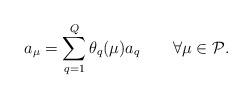
LaTeX: \begin{align*}a_\mu = \sum_{q=1}^{Q} \theta_q(\mu) a_q \qquad\forall \mu\in \mathcal{P}.\end{align*}